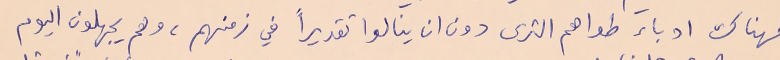
فهناك ادباء طواهم الثرى دون ان ينالوا تقديراً في زمنهم، وهم يجهلون اليوم